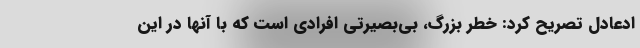
ادعادل تصریح کرد: خطر بزرگ، بی‌بصیرتی افرادی است که با آنها در این